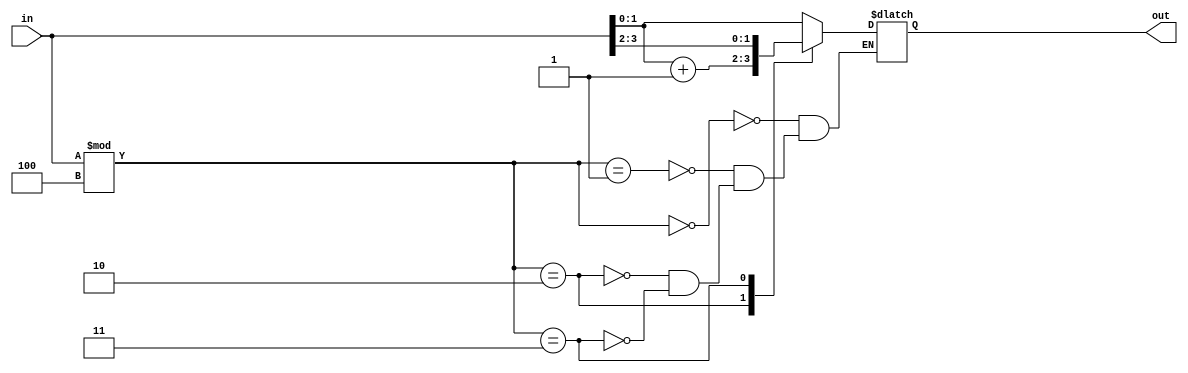
`timescale 1ns / 1ps
//////////////////////////////////////////////////////////////////////////////////
// Company: 
// Engineer: 
// 
// Design Name: 
// Module Name: Special
// Project Name: 
// Target Devices: 
// Tool Versions: 
// Description: 
// 
// Dependencies: 
// 
// Revision:
// Revision 0.01 - File Created
// Additional Comments:
// 
//////////////////////////////////////////////////////////////////////////////////


module Special(

    input [3:0] in,
    output reg [1:0] out

    );
    
    always @(*)
    begin
    
        case(in%4)
        
            0: out = in;
            1: out = in;
            2: out = in+1;
            3: out = in[3:2];
        endcase
    
    
    
    end
    
    
    
    
endmodule